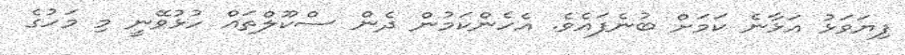
ފިޔަވަޅު އަޅާނެ ކަމަށް ބުނެފައެވެ. އެހެންކަމުން ދެން ސްކޫލްތައް ހުޅުވޭނީ މި މަހުގެ